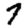
Digit: 7